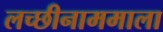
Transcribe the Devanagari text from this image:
लच्छीनाममाला